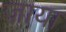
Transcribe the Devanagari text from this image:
ज़ाया